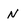
Character: n